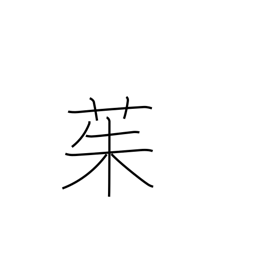
Meaning: river ginger tree